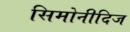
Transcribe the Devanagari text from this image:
सिमोनीदिज